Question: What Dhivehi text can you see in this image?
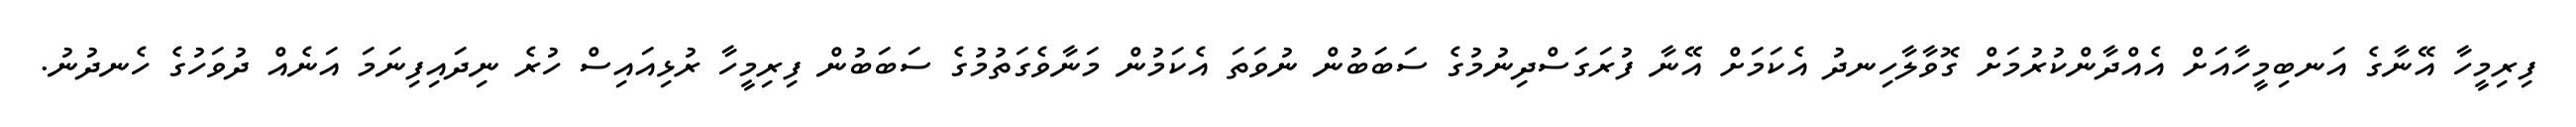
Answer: ފިރިމީހާ އޭނާގެ އަނބިމީހާއަށް އެއްދާންކުރުމަށް ގޮވާލާހިނދު އެކަމަށް އޭނާ ފުރަގަސްދިނުމުގެ ސަބަބުން ނުވަތަ އެކަމުން މަނާވެގަތުމުގެ ސަބަބުން ފިރިމީހާ ރުޅިއައިސް ހުރެ ނިދައިފިނަމަ އަނެއް ދުވަހުގެ ހެނދުނު.